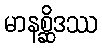
မာနစ္ဆိဒဿ